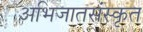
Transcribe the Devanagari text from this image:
अभिजातसंस्कृत